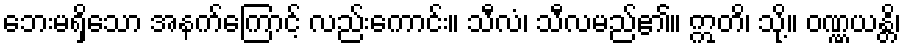
ဘေးမရှိသော အနက်ကြောင့် လည်းကောင်း။ သီလံ၊ သီလမည်၏။ ဣတိ၊ သို့။ ဝဏ္ဏယန္တိ၊